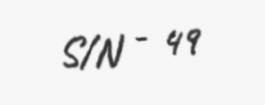
S/N - 49